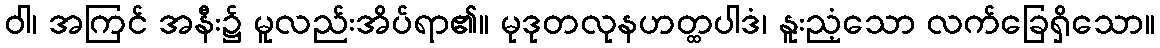
ဝါ၊ အကြင် အနီး၌ မူလည်းအိပ်ရာ၏။ မုဒုတလုနဟတ္ထပါဒံ၊ နူးညံ့သော လက်ခြေရှိသော။